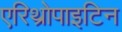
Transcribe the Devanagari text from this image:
एरिथ्रोपाइटिन